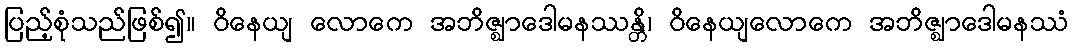
ပြည့်စုံသည်ဖြစ်၍။ ဝိနေယျ လောကေ အဘိဇ္ဈာဒေါမနဿန္တိ၊ ဝိနေယျလောကေ အဘိဇ္ဈာဒေါမနဿံ